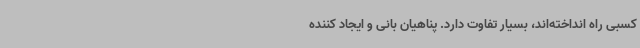
کسبی راه انداخته‌اند، بسیار تفاوت دارد. پناهیان بانی و ایجاد کننده